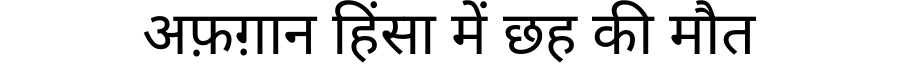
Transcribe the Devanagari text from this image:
अफ़ग़ान हिंसा में छह की मौत